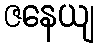
ဇနေယျ